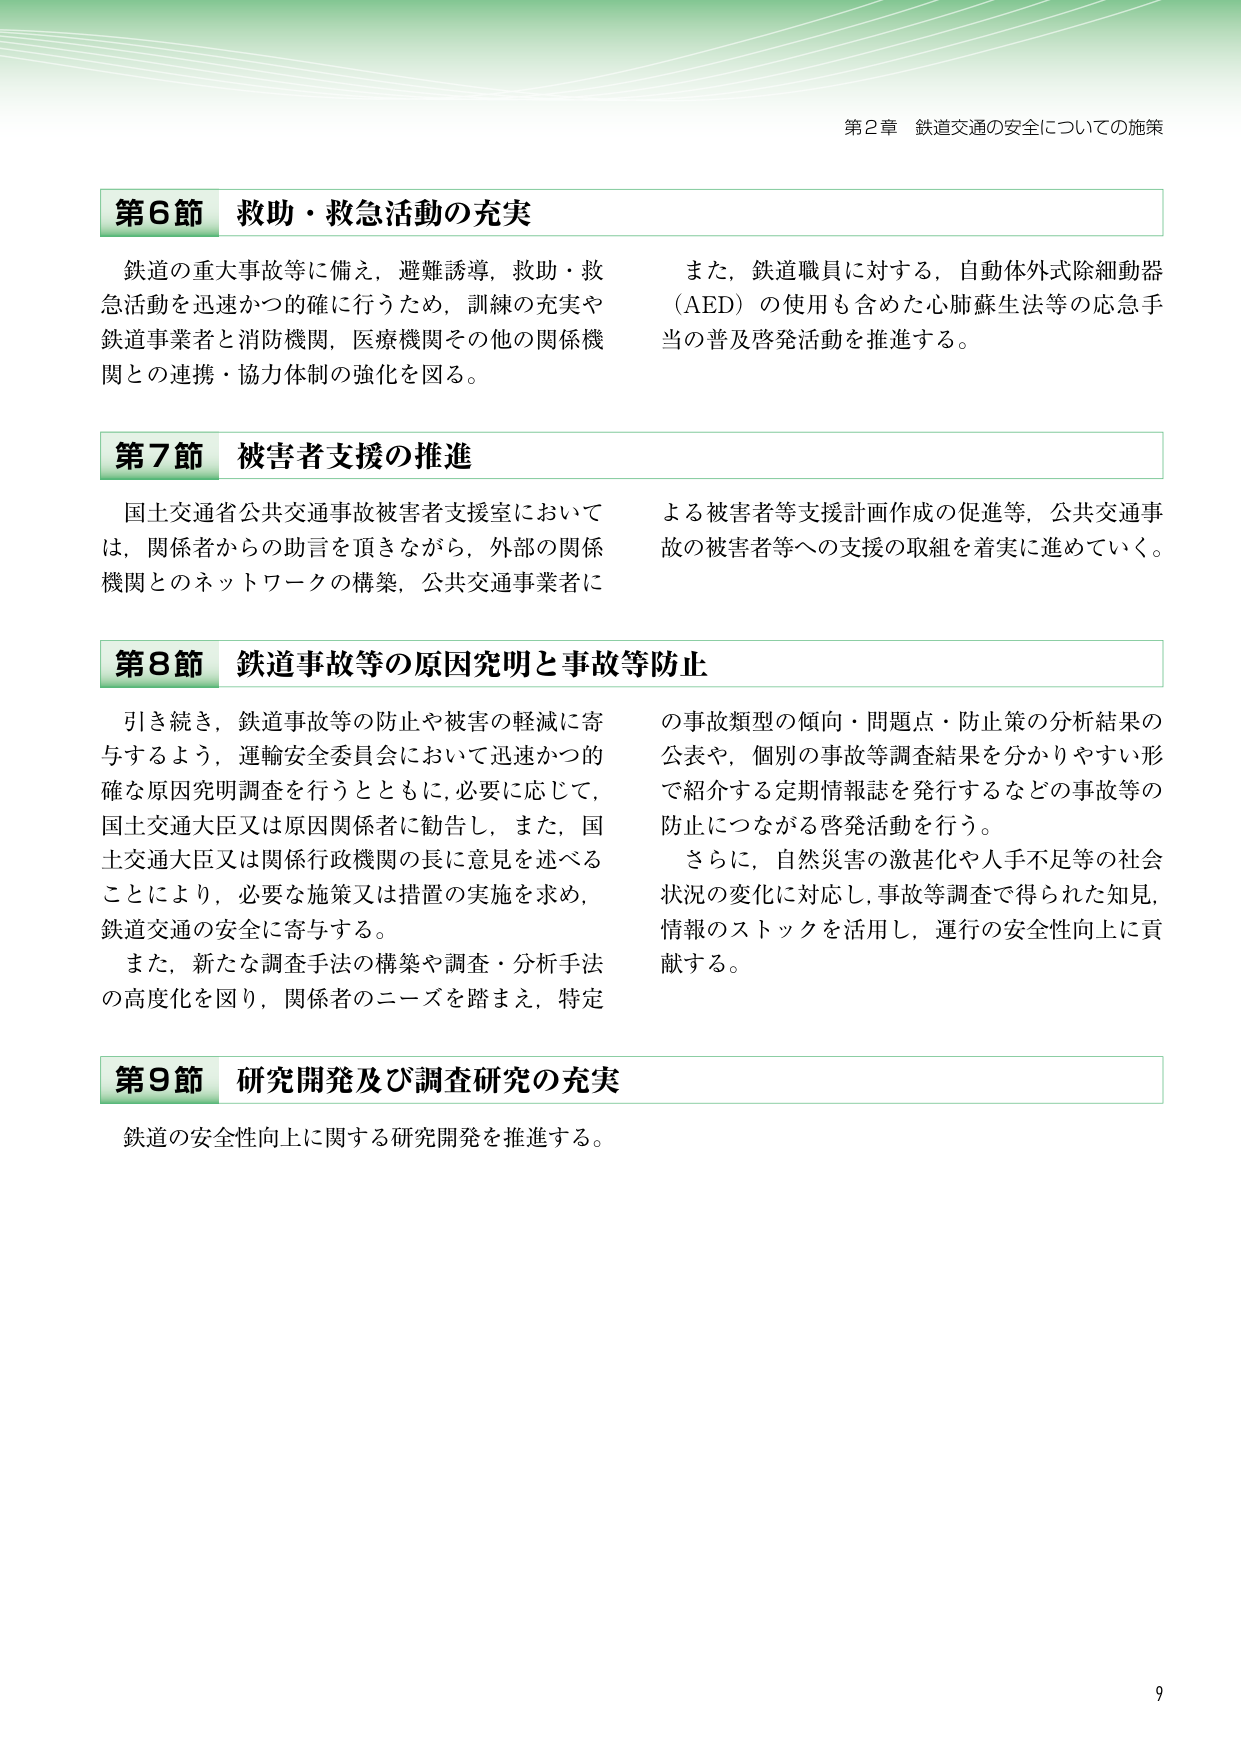
第2章 鉄道交通の安全についての施策

第6節 救助・救急活動の充実
鉄道の重大事故等に備え，避難誘導，救助・救急活動を迅速かつ的確に行うため，訓練の充実や鉄道事業者と消防機関，医療機関その他の関係機関との連携・協力体制の強化を図る。
また，鉄道職員に対する，自動体外式除細動器（AED）の使用も含めた心肺蘇生法等の応急手当の普及啓発活動を推進する。

第7節 被害者支援の推進
国土交通省公共交通事故被害者支援室においては，関係者からの助言を頂きながら，外部の関係機関とのネットワークの構築，公共交通事業者による被害者等支援計画作成の促進等，公共交通事故の被害者等への支援の取組を着実に進めていく。

第8節 鉄道事故等の原因究明と事故等防止
引き続き，鉄道事故等の防止や被害の軽減に寄与するよう，運輸安全委員会において迅速かつ的確な原因究明調査を行うとともに，必要に応じて，国土交通大臣又は原因関係者に勧告し，また，国土交通大臣又は関係行政機関の長に意見を述べることにより，必要な施策又は措置の実施を求め，鉄道交通の安全に寄与する。
また，新たな調査手法の構築や調査・分析手法の高度化を図り，関係者のニーズを踏まえ，特定の事故類型の傾向・問題点・防止策の分析結果の公表や，個別の事故等調査結果を分かりやすい形で紹介する定期情報誌を発行するなどの事故等の防止につながる啓発活動を行う。
さらに，自然災害の激甚化や人手不足等の社会状況の変化に対応し，事故等調査で得られた知見，情報のストックを活用し，運行の安全性向上に貢献する。

第9節 研究開発及び調査研究の充実
鉄道の安全性向上に関する研究開発を推進する。

9